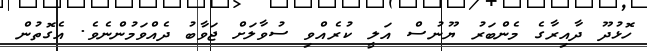
ހޮޅުދޫ ދާއިރާގެ މެންބަރު ޔޫނުސް އަލީ ކުރެއްވި ސުވާލަށް ޖަވާބު ދެއްވަމުންނެވެ. އެގޮތުން